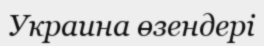
Украина өзендері